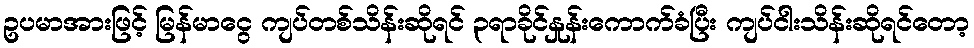
ဥပမာအားဖြင့် မြန်မာငွေ ကျပ်တစ်သိန်းဆိုရင် ၃ရာခိုင်နှုန်းကောက်ခံပြီး ကျပ်ငါးသိန်းဆိုရင်တော့